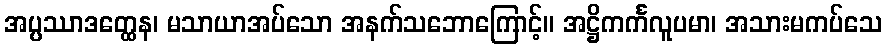
အပ္ပဿာဒတ္ထေန၊ မသာယာအပ်သော အနက်သဘောကြောင့်။ အဋ္ဌိကင်္ကလူပမာ၊ အသားမကပ်သေ